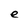
Character: e